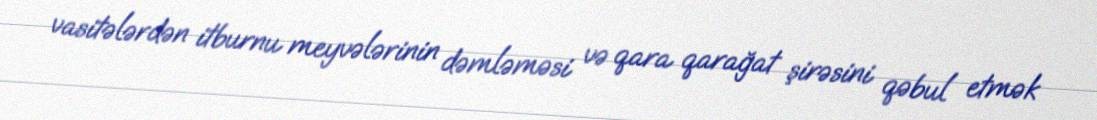
vasitələrdən itburnu meyvələrinin dəmləməsi və qara qarağat şirəsini qəbul etmək